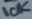
Text: 10K